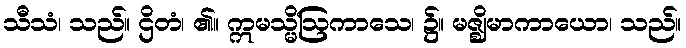
သီသံ၊ သည်။ ဌိတံ၊ ၏။ ဣမသ္မိံဩကာသေ၊ ၌။ မဇ္ဈိမာကာယော၊ သည်။